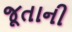
જૂતાની